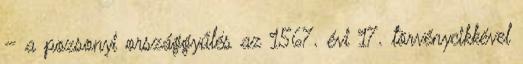
– a pozsonyi országgyűlés az 1567. évi 17. törvénycikkével